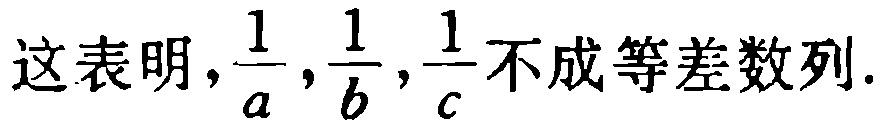
这表明，\(\frac{1}{a},\frac{1}{b},\frac{1}{c}\)不成等差数列.